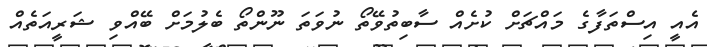
އެއީ އިސްތަފާގެ މައްޗަށް ކުށެއް ސާބިތުވޭތޯ ނުވަތަ ނޫންތޯ ބެލުމަށް ބޭއްވި ޝަރީއަތެއް